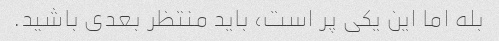
بله اما این یکی پر است، باید منتظر بعدی باشید.